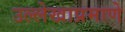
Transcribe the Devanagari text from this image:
उल्लेखाप्रमाणे